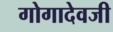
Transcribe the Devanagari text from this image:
गोगादेवजी